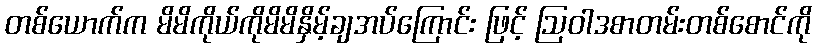
တစ်ယောက်က မိမိကိုယ်ကိုမိမိနှိမ့်ချအပ်ကြောင်း ဖြင့် ဩဝါဒစာတမ်းတစ်စောင်ကို